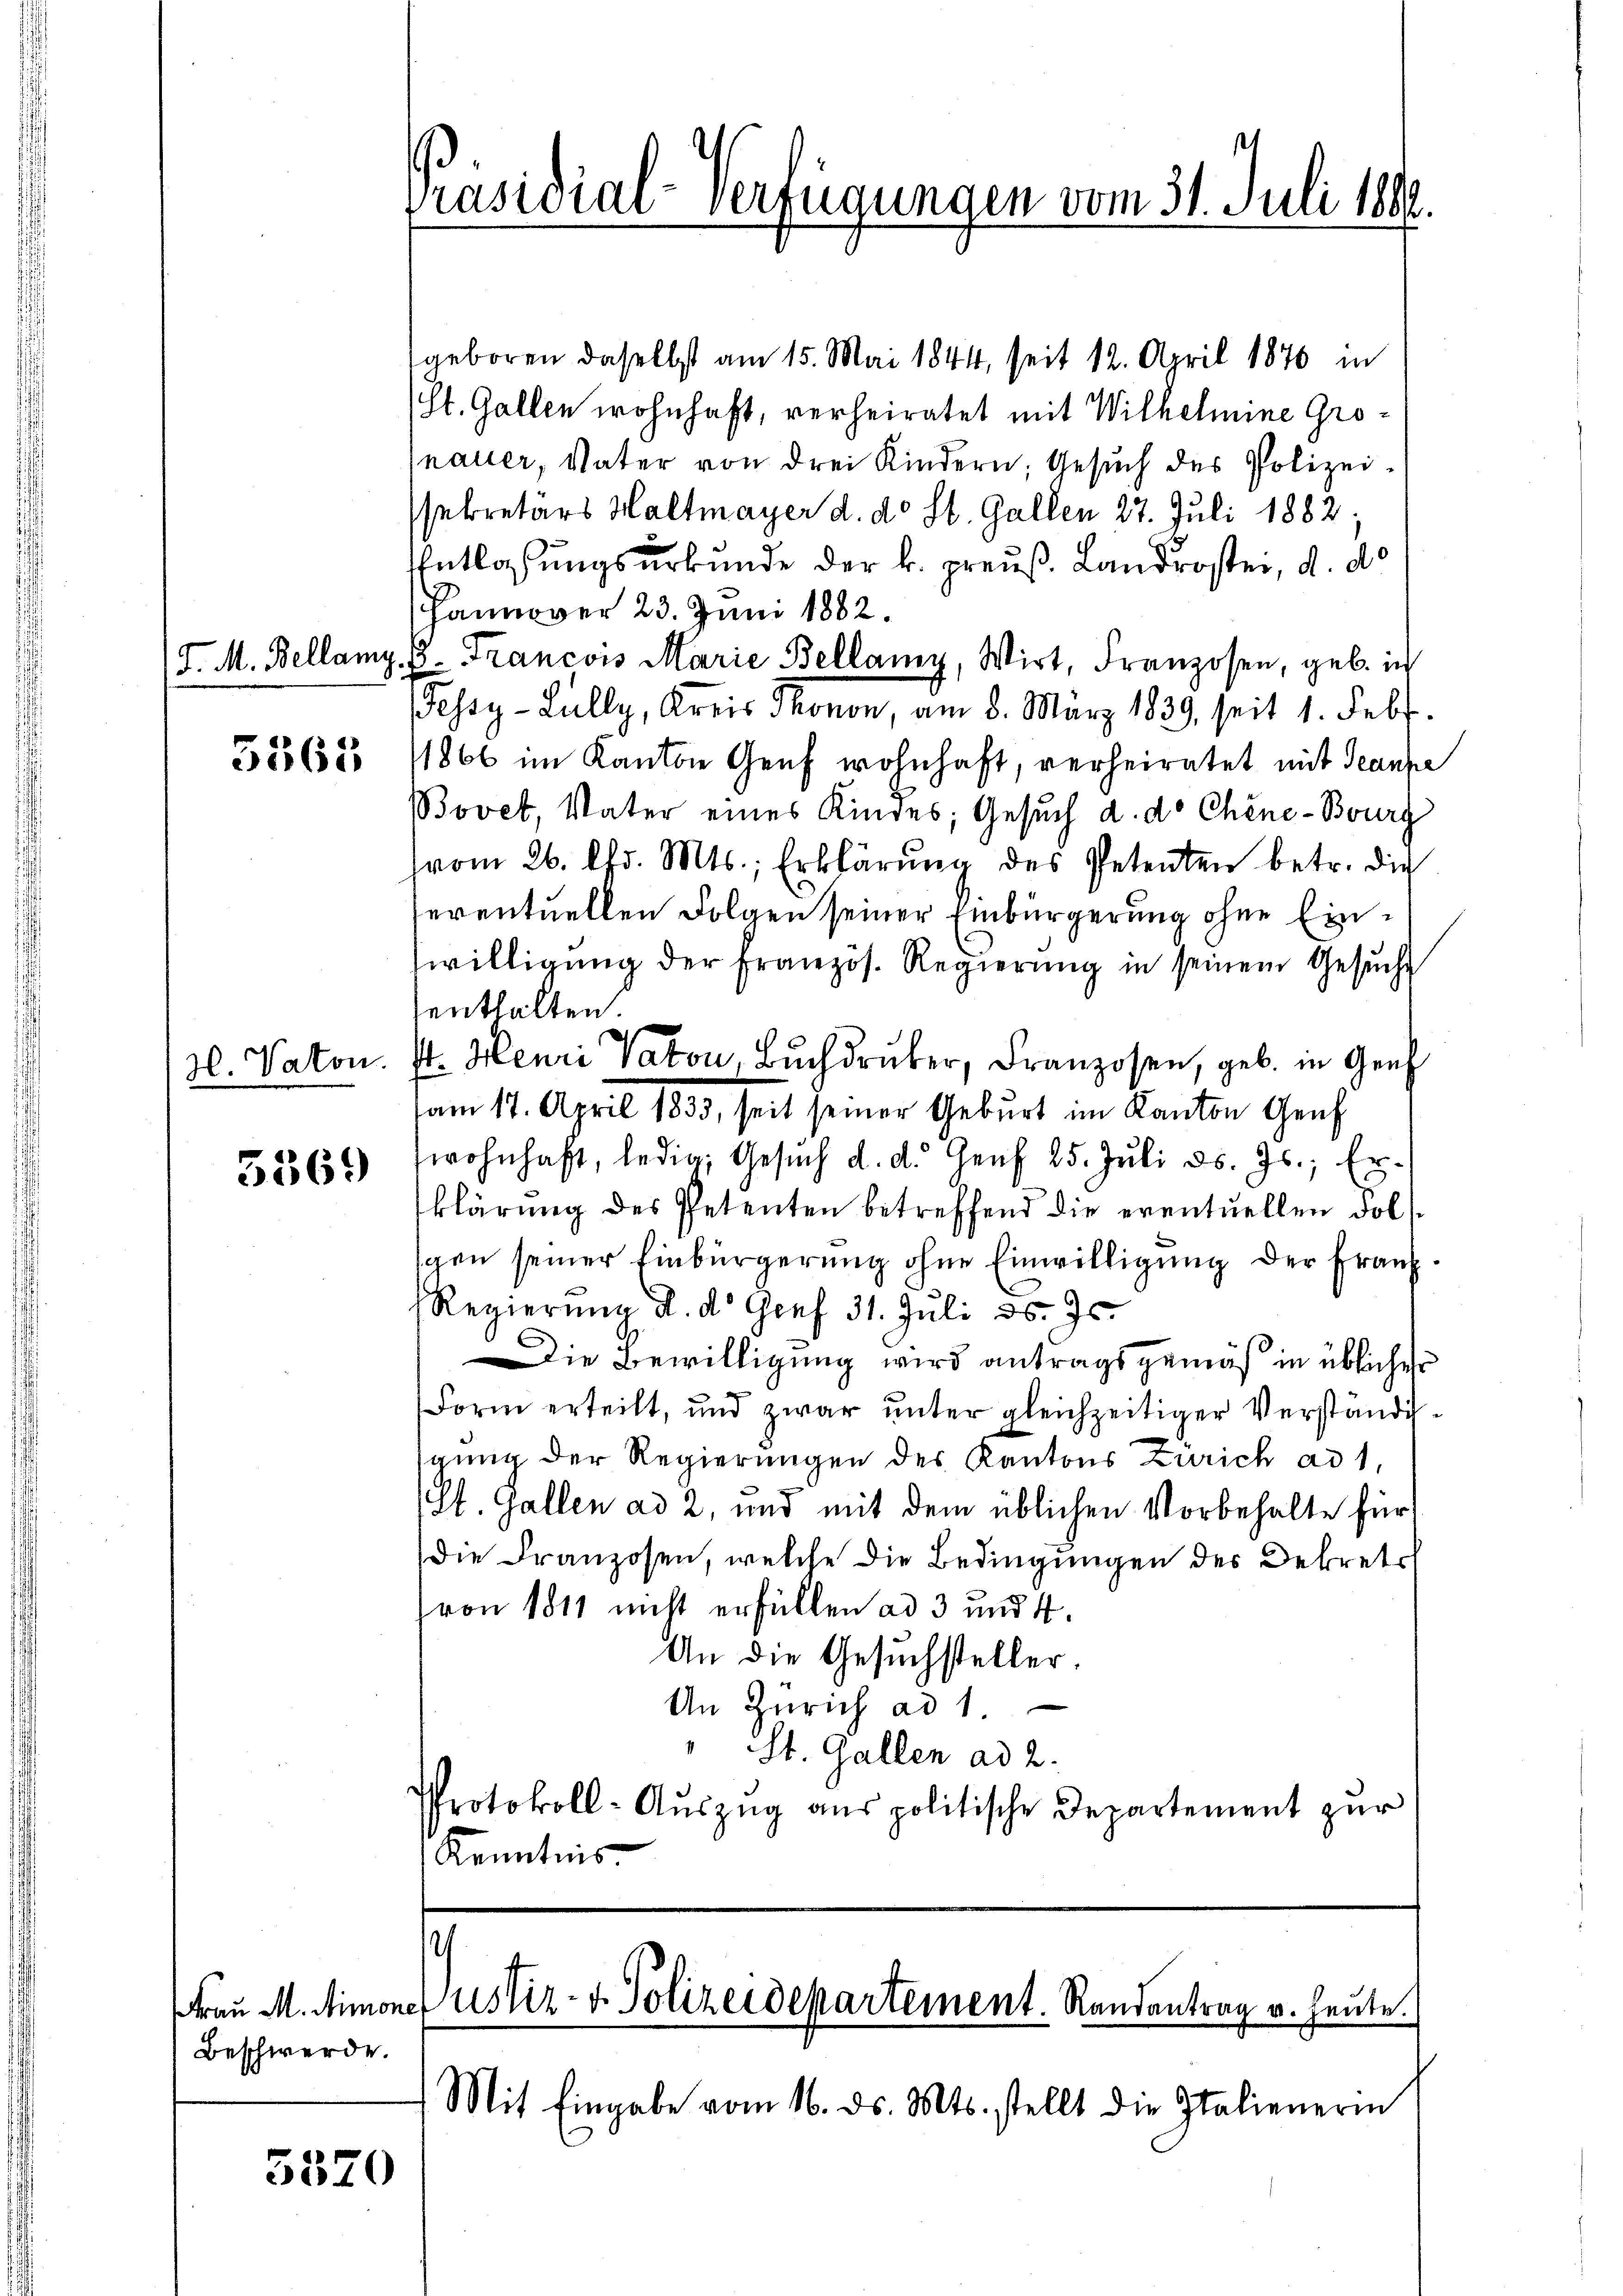
5563

5369

geboren daselbst am 15. Mai 1844, seit 12. April 1876 in
St. Gallen wohnhaft, verheiratet mit Wilhelmine Gronauer, Vater von drei Kindern, Gesuch des Polizeissekretärs Haltmayer d. d. St. Gallen 27. Juli 1882,
Entlaßungsurkunde der k. preuß. Landrostei, d. d.
Hanover 23. Juni 1882.
J. M. Bellamp. E. Francois Marie Bellany, Wirt, Franzosen, geb. in
Fessy-Lully, Kreis Thonon, am 8. März 1839, seit 1. Febr.
1866 im Kanton Genf wohnhaft, verheiratet mit Ganze
Bovet, Vater eines Kindes; Gesuch d. d. Chine-Bourg
(vom 26. Chr. Mts., Erklärung des Petenten betr. die
seventuellen Folgen seiner Einbürgerung ohne Einwilligung der Französ. Regierung in seinem Gesuche
enthalten.
H. Vaton. St. Henri Vaton, Bŭchdruker, Franzosen, geb. in Gen
am 14. April 1853, seit seiner Geburt im Kanton Genf
wohnhaft, ledig, Gesŭch d. d. Genf 25. Jŭli d. Js., Erklärung des Petenten betreffend die eventuellen dol
sgen seiner Einbürgerung ohne Einwilligung der Frau
2
Regierŭng d. d. Genf 31. Juli d. Js.
Die Bewilligung wird antragsgemäß in üblicher
Form erteilt, und zwar unter gleichzeitiger Verständigung der Regierungen des Kantons Zürich ad 1,
St. Gallen ad 2, und mit dem üblichen Vorbehalte für
die Franzosen, welche die Bedingungen des Dekrets
(von 1811 nicht erfüllen ad 3 und 4.
An die Gesuchsteller
An Zürich ad 1
" St. Gallen ad 2.
Protokoll-Auszug aus politische Departement zur
Kenntnis

Beschwerde.

5520

Präsidial-Verfügungen vom 31. Juli 1882.

7
Frau M. Simones ustiz- & Polizeidepartement. Randantrag v. heute.
Mit Eingabe vom 16. ds. Mts. stellt die Italienerin